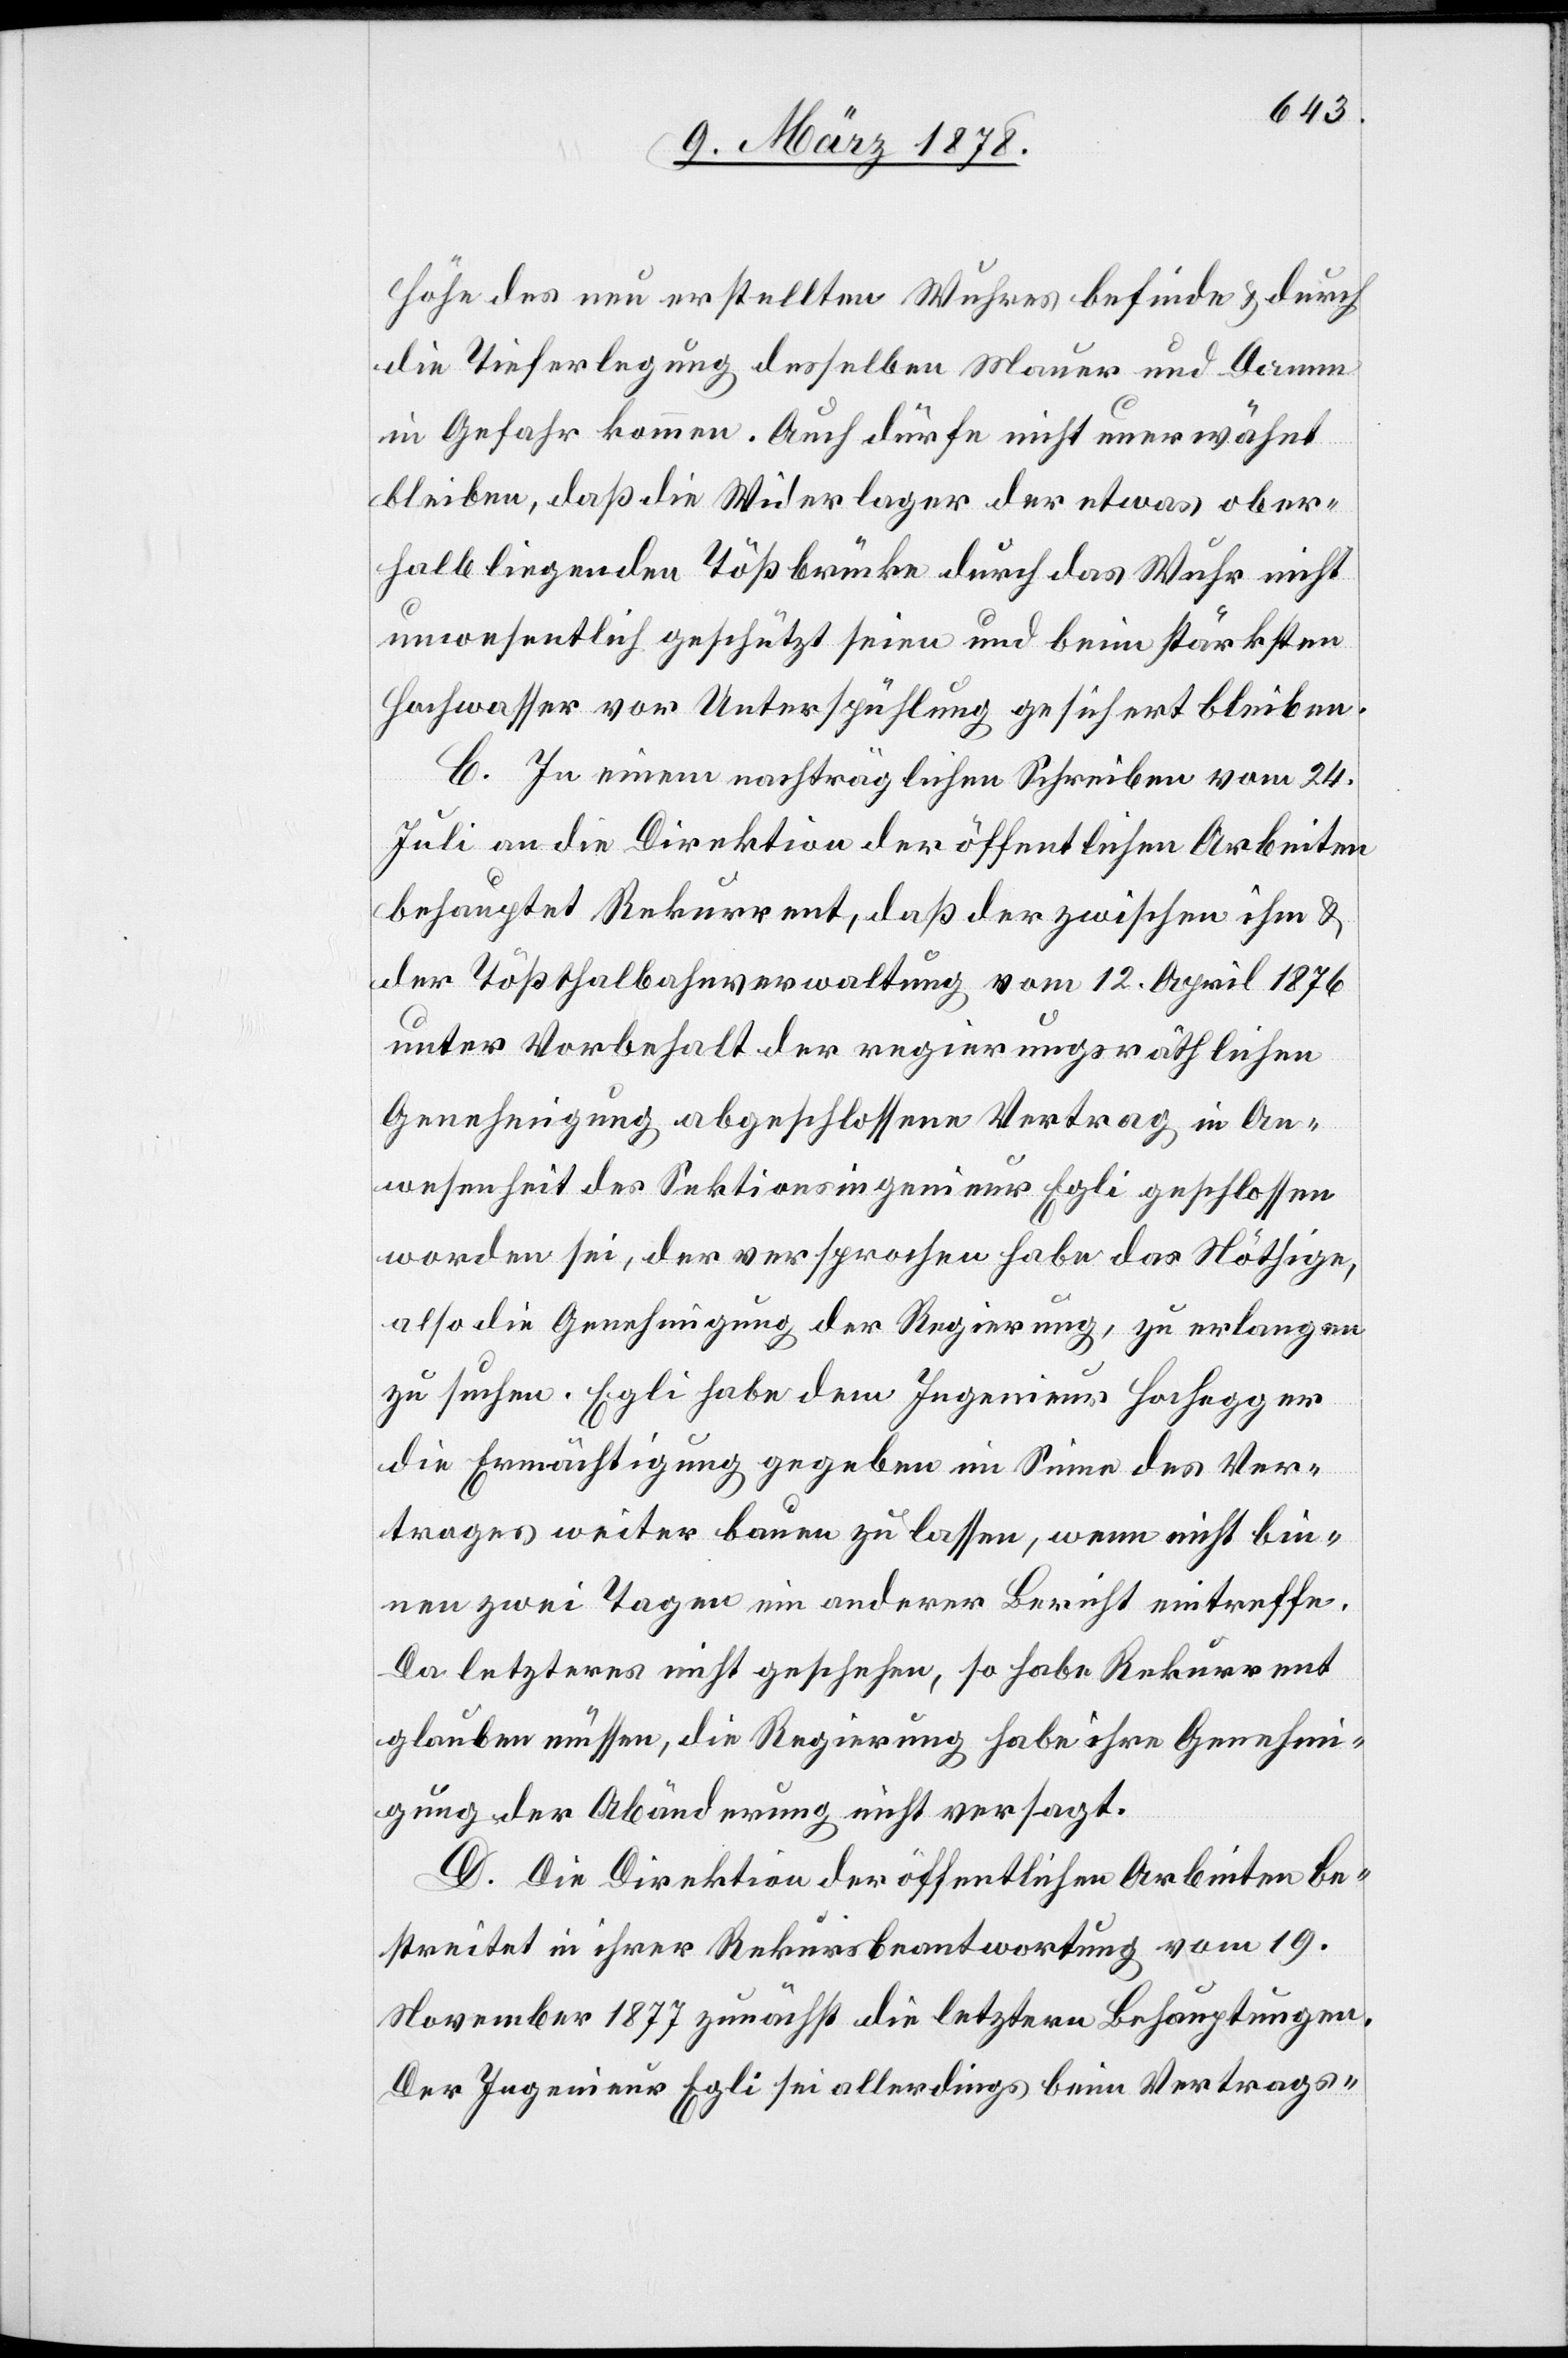
Höhe des neu erstellten Wuhres befinde & durch
die Tieferlegung desselben Mauer und Damm
in Gefahr kommen. Auch dürfe nicht unerwähnt
bleiben, daß die Widerlager der etwas ober¬
halb liegenden Tößbrücke durch das Wuhr nicht
unwesentlich geschützt seien und beim stärksten
Hochwasser vor Unterspühlung gesichert bleiben.
C. In einem nachträglichen Schreiben vom 24.
Juli an die Direktion der öffentlichen Arbeiten
behauptet Rekurrent, daß der zwischen ihm &
der Tößthalbahnverwaltung vom 12. April 1876
unter Vorbehalt der regierungsräthlichen
Genehmigung abgeschlossene Vertrag in An¬
wesenheit des Sektionsingenieur Egli geschlossen
worden sei, der versprochen habe das Nöthige,
also die Genehmigung der Regierung, zu verlangen
zu suchen. Egli habe dem Ingenieur Hochegger
die Ermächtigung gegeben im Sinne des Ver¬
trages weiter bauen zu lassen, wenn nicht bin¬
nen zwei Tagen ein anderer Bericht eintreffe.
Da letzteres nicht geschehen, so habe Rekurrent
glauben müssen, die Regierung habe ihre Genehmi¬
gung der Abänderung nicht versagt.
D. Die Direktion der öffentlichen Arbeiten be¬
streitet in ihrer Rekursbeantwortung vom 19.
November 1877 zunächst die letztern Behauptungen.
Der Ingenieur Egli sei allerdings beim Vertrags-